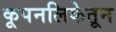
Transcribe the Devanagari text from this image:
कूपनलिकेतून